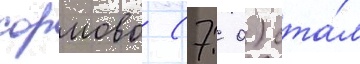
сормово (7: 0) ста́л